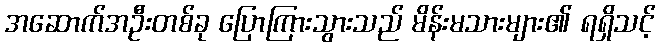
အဆောက်အဦးတစ်ခု ပြောကြားသွားသည် မိန်းမသားများ၏ ရရှိသင့်